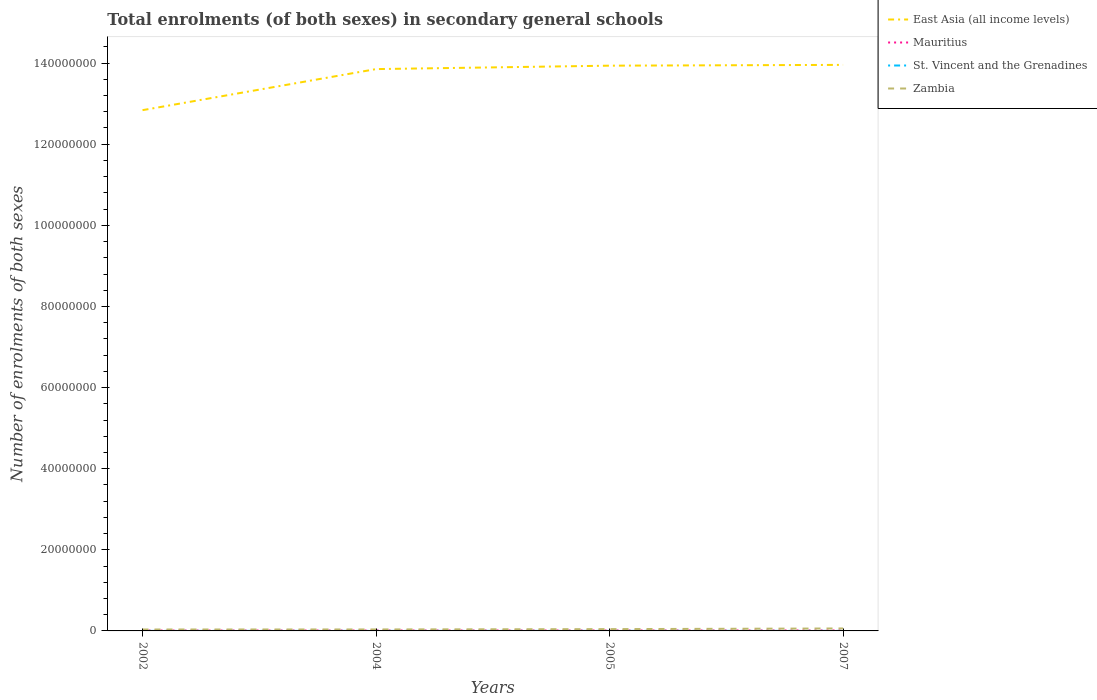
| Years | East Asia (all income levels) | Mauritius | St. Vincent and the Grenadines | Zambia |
 | --- | --- | --- | --- | --- |
 | 2002 | 1.28e+08 | 9.97e+04 | 8.16e+03 | 3.51e+05 |
 | 2004 | 1.39e+08 | 1.06e+05 | 8.63e+03 | 3.64e+05 |
 | 2005 | 1.39e+08 | 1.1e+05 | 9.39e+03 | 4.43e+05 |
 | 2007 | 1.4e+08 | 1.17e+05 | 1.12e+04 | 6.07e+05 |